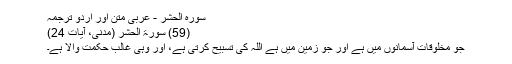
سورہ الحشر - عربی متن اور اردو ترجمہ
(59) سورۃ الحشر (مدنی، آیات 24)
جو مخلوقات آسمانوں میں ہے اور جو زمین میں ہے اللہ کی تسبیح کرتی ہے، اور وہی غالب حکمت والا ہے۔